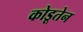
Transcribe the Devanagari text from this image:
कोडूतेन